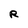
Character: R